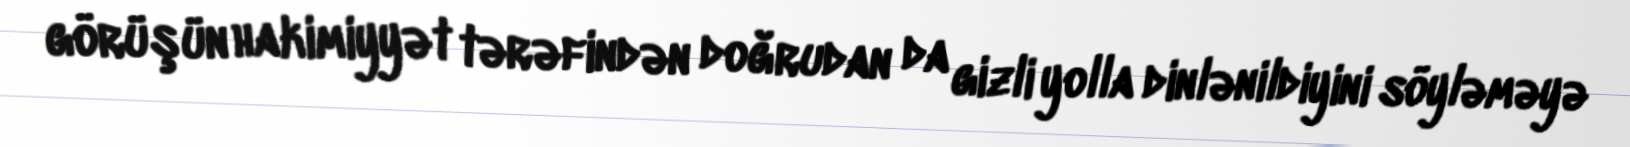
görüşün hakimiyyət tərəfindən doğrudan da gizli yolla dinlənildiyini söyləməyə